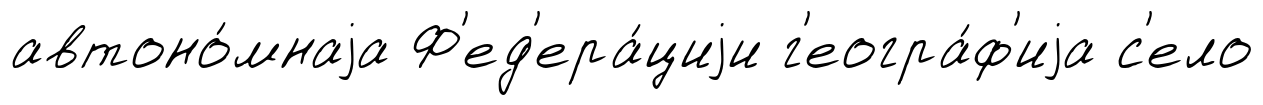
автоно́мнаjа Ф'ед'ера́циjи г'еогра́ф'иjа с'ело